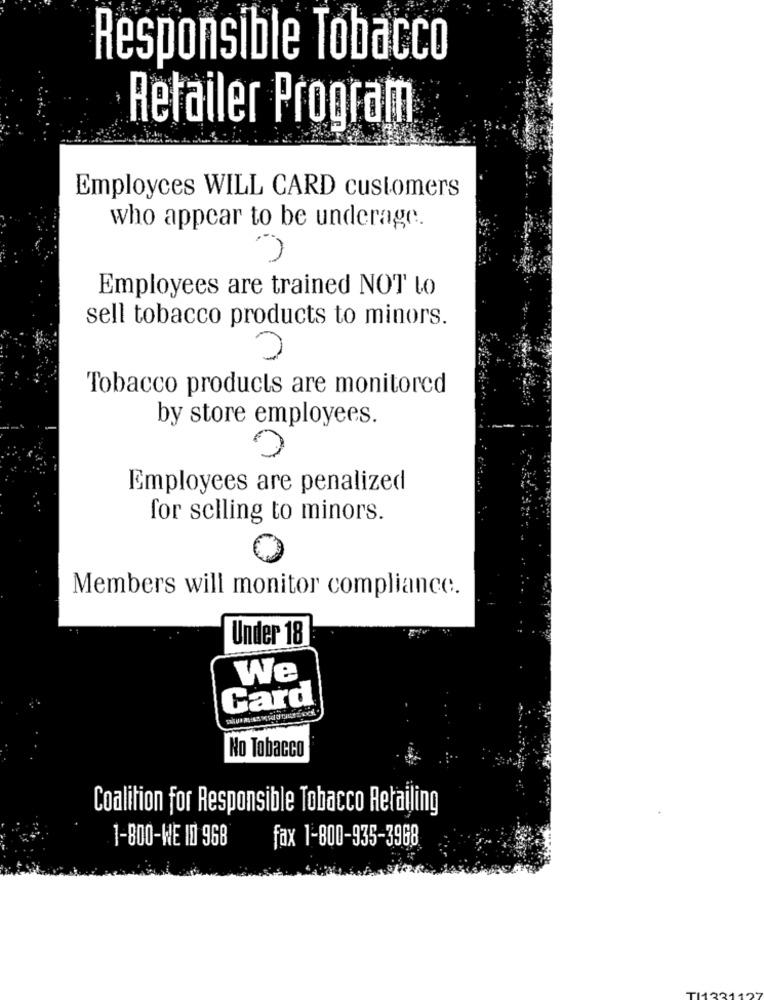
Responsible Tobacco
Retailer Program
Employces WILL CARD customers
who appear to be underage.
Employees are trained NOT to
sell tobacco products to minors.
Tobacco products are monitored
by store employees.
Employees are penalized
for selling to minors.
Members will monitor compliance.
Under 18
We
Card
No Tobacco
Coalition for Responsible Tobacco Retailing
1-800-WE 10 968
fax 1-800-935-3968